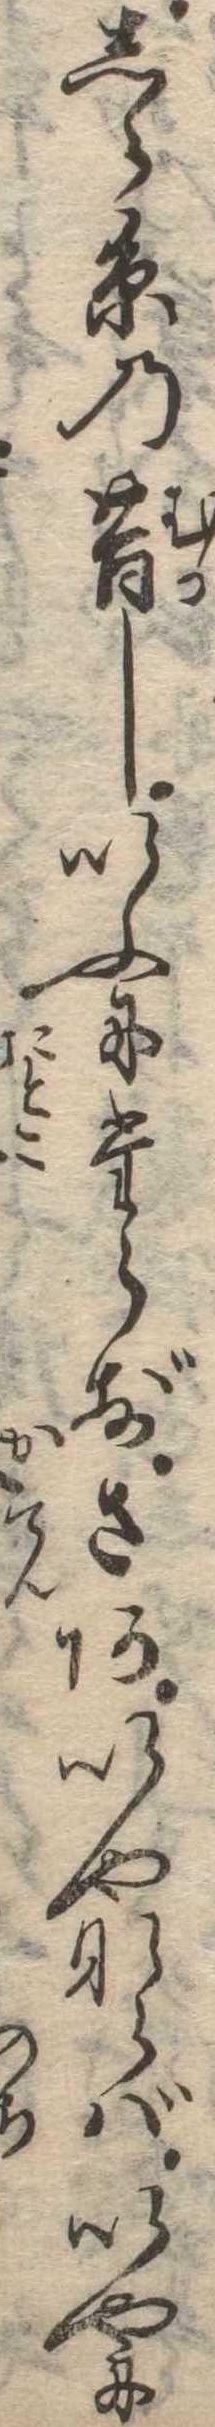
しら糸の昔しいふにたらずさあいやならばいやに